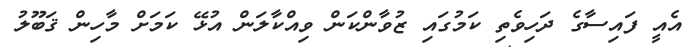
އެއީ ފައިސާގެ ދަހިވެތި ކަމުގައި ޒުވާންކަން ވިއްކާލަން އުޅޭ ކަމަށް މާހިން ޤަބޫލު